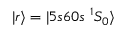
| r \rangle = | 5 s 6 0 s ~ ^ { 1 } S _ { 0 } \rangle